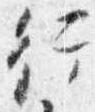
行